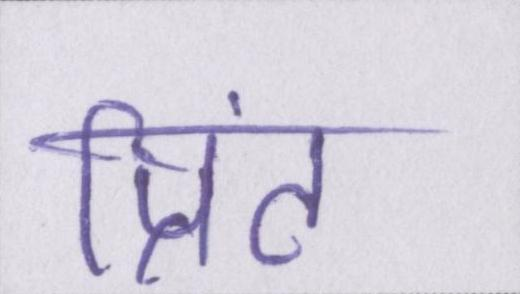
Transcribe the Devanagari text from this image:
प्रिंट